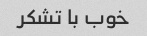
خوب با تشکر